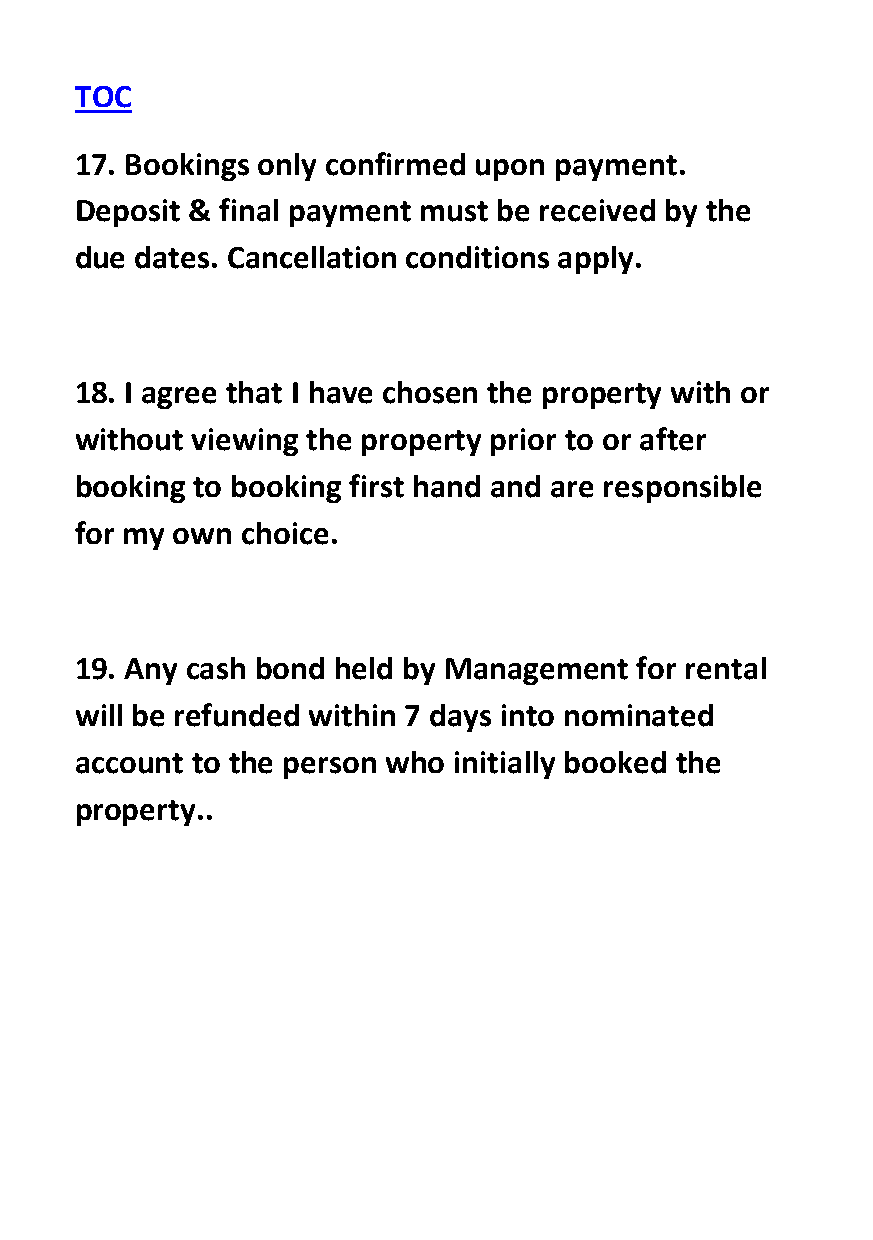
TOC
 17. Bookings only confirmed upon payment.
 Deposit & final payment must be received by the
 due dates. Cancellation conditions apply.
 18. I agree that I have chosen the property with or
 without viewing the property prior to or after
 booking to booking first hand and are responsible
 for my own choice.
 19. Any cash bond held by Management for rental
 will be refunded within 7 days into nominated
 account to the person who initially booked the
 property..